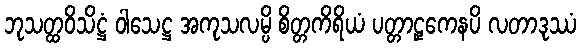
ဘုသတ္ထဝိသိဋ္ဌံ ဝါသေဋ္ဌ အကုသလမ္ပိ စိတ္တကိရိယံ ပတ္တာဠှကေနပိ လတာဒုဿံ